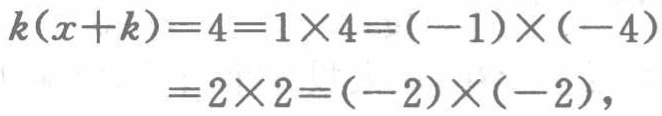
\[
\begin{align*}
k(x + k)=4&=1\times4=(-1)\times(-4)\\
&=2\times2=(-2)\times(-2),
\end{align*}
\]